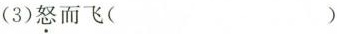
(3)怒而飞( )